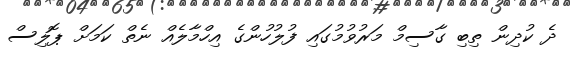
ދެ ކުދިން ތިބި ގާސިމް މަރުވުމުގައި ފުލުހުންގެ އިހްމާލެއް ނެތް ކަމަށް ޕޮލިސް